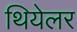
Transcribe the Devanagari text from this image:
थियेलर